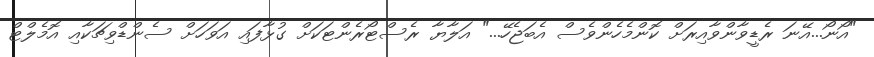
"އޯނޯ...އޭނަ ރެޑީވާންވާއިރަށް ކޮންމެހެންވެސް އެބަޖެހޭ..." އަލާޔާ ރެސްޓޯރެންޓަކަށް ގުޅާފައި އަވަހަށް ސެންޑްވިޗަކާއި އޮމެލްޓް